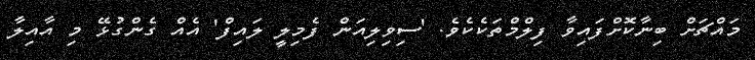
މައްޗަށް ބިނާކޮށްފައިވާ ފިލްމްތަކެކެވެ. 'ސިވިލިއަން ފެމިލީ ލައިފް' އެއް ގެންގުޅޭ މި އާއިލާ